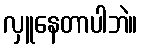
လှူနေတာပါဘဲ။